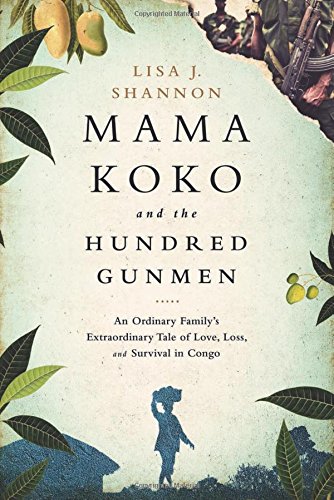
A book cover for Mama Koko and the Hundred Gunmen: An Ordinary FamilyEEs Extraordinary Tale of Love, Loss, and Survival in Congo; Lisa J Shannon; Biographies & Memoirs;